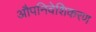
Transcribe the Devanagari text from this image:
औपनिवेशिकरण